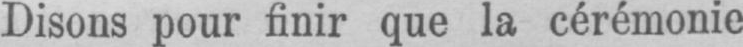
Disons pour finir que la cérémonie